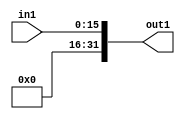
module zeroextend(in1, out1);
input [15:0] in1;
output [31:0] out1;    
assign out1 = {16'b0, in1};
endmodule